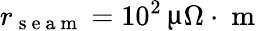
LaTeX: r_{\mathrm{~s~e~a~m~}}=10^{2}\, \upmu\Omega\cdot\mathrm{~m~}